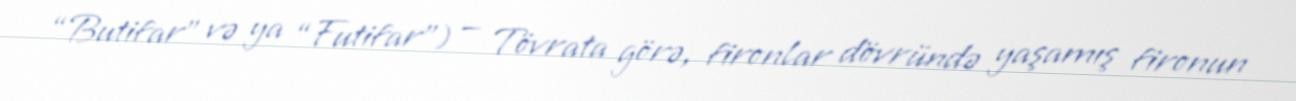
“Butifar” və ya “Futifar”) — Tövrata görə, fironlar dövründə yaşamış fironun